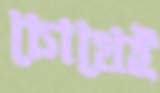
চোখেই